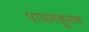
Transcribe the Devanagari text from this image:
पायमधूनच